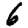
Digit: 6